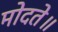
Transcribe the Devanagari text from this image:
मोदते॥